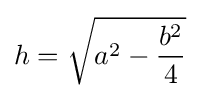
h={\sqrt {a^{2}-{\frac {b^{2}}{4}}}}